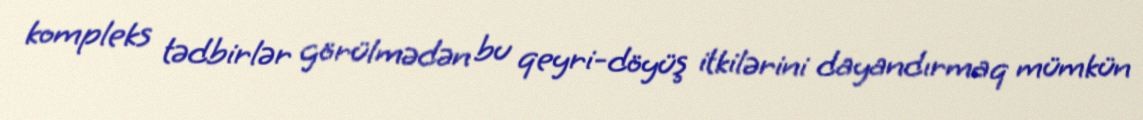
kompleks tədbirlər görülmədən bu qeyri-döyüş itkilərini dayandırmaq mümkün